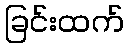
ခြင်းထက်